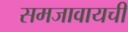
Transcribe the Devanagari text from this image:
समजावायची